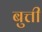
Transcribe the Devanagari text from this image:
बुत्ती